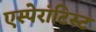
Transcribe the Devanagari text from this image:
एस्पेरांटिस्ट